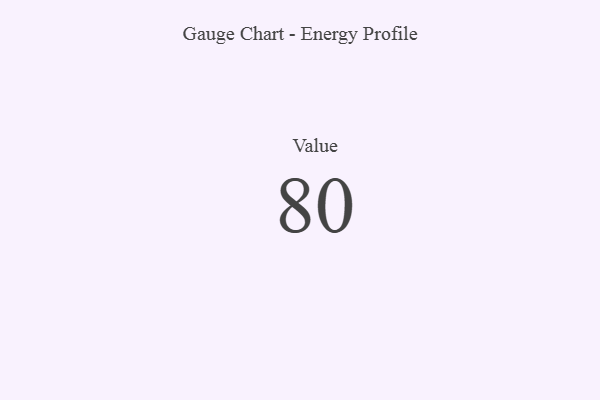
{"axis": {"x": "Metric", "y": "Value"}, "legend": [""], "data": [{"x": "Value", "y": 80, "type": ""}]}